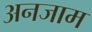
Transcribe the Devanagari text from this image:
अनजाम